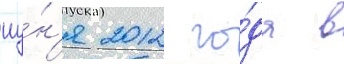
иу́н'я 2012 го́да в